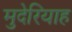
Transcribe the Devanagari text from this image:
मुदेरियाह